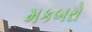
મકબરો